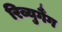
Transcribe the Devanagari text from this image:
रिव्युगैंग